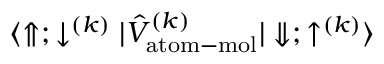
{ \langle \Uparrow ; \downarrow ^ { ( k ) } | \hat { V } _ { \mathrm { a t o m - m o l } } ^ { ( k ) } | \Downarrow ; \uparrow ^ { ( k ) } \rangle }